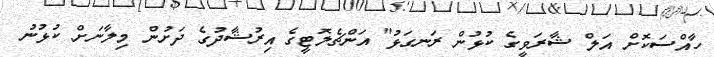
ހާއްސަކޮށް އަލް ޝާރަވީގެ ކުޅުން ރަނގަޅު" އަންޗެލޮޓީގެ އިރުޝާދުގެ ދަށުން މިލާނަށް ކުޅުނު